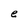
Character: e